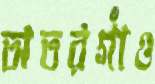
অতরগাঁও